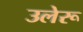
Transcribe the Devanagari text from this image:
उलेरू